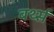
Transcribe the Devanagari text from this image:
बर्थ्स